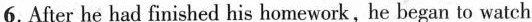
6.After he had finished his homework,he began to watch